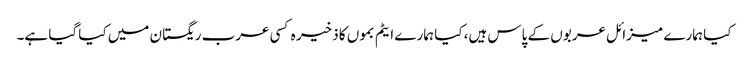
کیا ہمارے میزائل عربوں کے پاس ہیں، کیا ہمارے ایٹم بموں کا ذخیر ہ کسی عرب ریگستان میں کیا گیا ہے۔